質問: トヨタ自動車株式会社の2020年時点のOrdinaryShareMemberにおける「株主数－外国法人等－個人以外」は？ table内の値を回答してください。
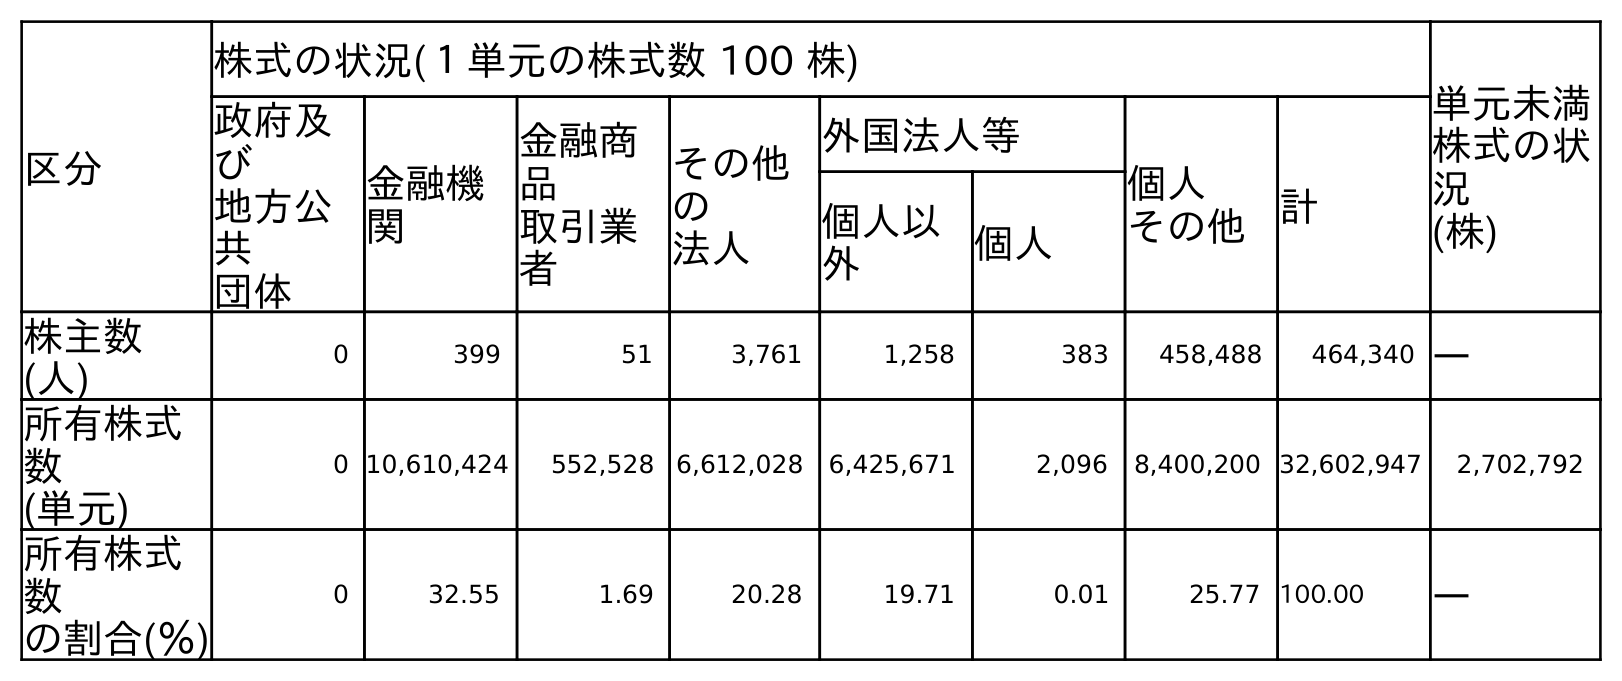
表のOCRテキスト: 区分 株式の状況(１単元の株式数 100 株) 単元未満 株式の状 況 (株) 政府及 び 地方公 共 団体 金融機 関 金融商 品 取引業 者 その他 の 法人 外国法人等 個人 その他 計 個人以 外 個人 株主数 (人) 0 399 51 3,761 1,258 383 458,488 464,340 ― 所有株式 数 (単元) 0 10,610,424 552,528 6,612,028 6,425,671 2,096 8,400,200 32,602,947 2,702,792 所有株式 数 の割合(％) 0 32.55 1.69 20.28 19.71 0.01 25.77 100.00 ―
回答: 1,258